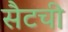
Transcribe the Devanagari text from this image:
सैटची